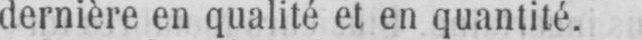
dernière en qualité et en quantité.